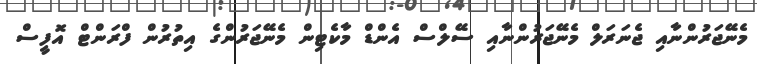
މެނޭޖަރުންނާއި ޖެނަރަލް މެނޭޖަރުންނާއި ސޭލްސް އެންޑް މާކެޓިން މެނޭޖަރުންގެ އިތުރުން ފްރަންޓް އޮފީސް